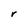
Character: r